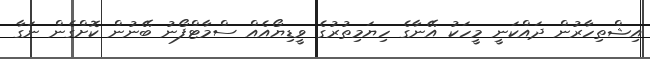
އިޝްތިހާރުން ދައްކަނީ މީހަކު އޭނާގެ ހިޔަމިތުރުގެ ވީޑިޔޯއެއް ސްމާޓްފޯނު ބޭނުން ކޮށްގެން ނަގާ